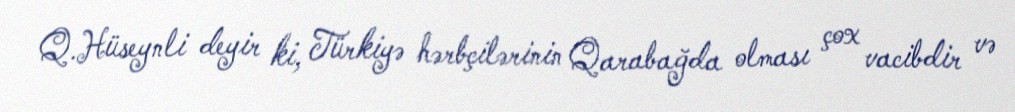
Q.Hüseynli deyir ki, Türkiyə hərbçilərinin Qarabağda olması çox vacibdir və